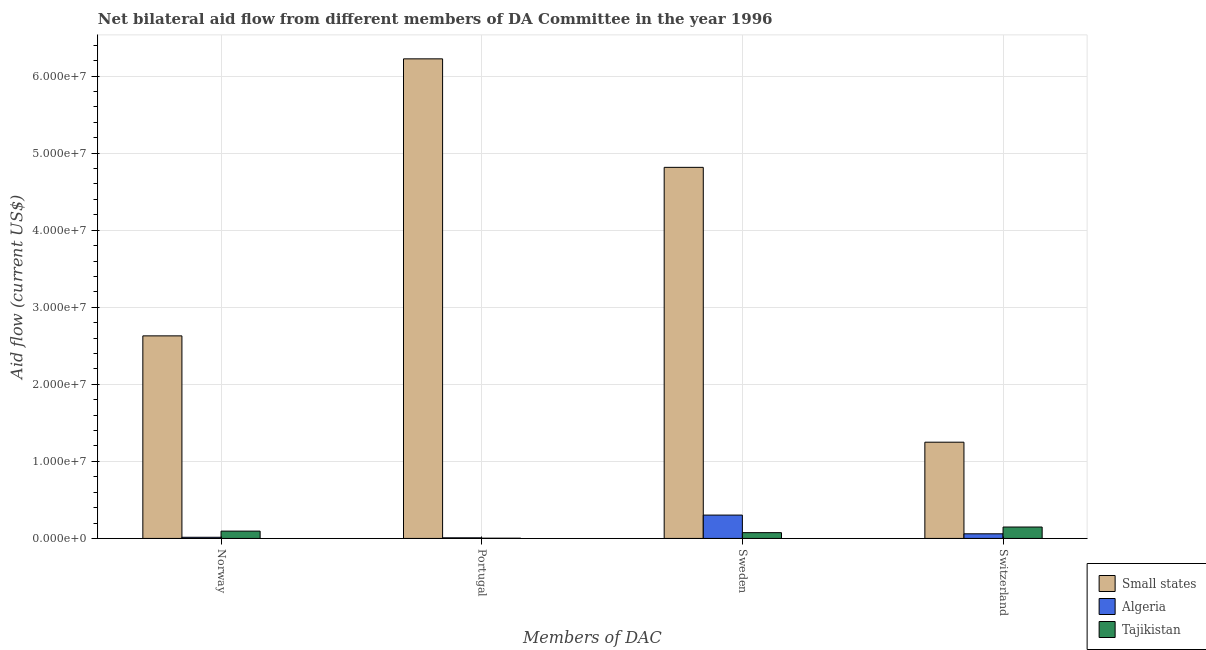
| Members of DAC | Small states | Algeria | Tajikistan |
 | --- | --- | --- | --- |
 | Norway | 2.63e+07 | 1.5e+05 | 9.5e+05 |
 | Portugal | 6.22e+07 | 8e+04 | 3e+04 |
 | Sweden | 4.82e+07 | 3.03e+06 | 7.5e+05 |
 | Switzerland | 1.25e+07 | 6e+05 | 1.48e+06 |